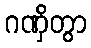
ဂဏှိတွာ